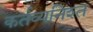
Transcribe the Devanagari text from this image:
कर्तव्यनिश्त